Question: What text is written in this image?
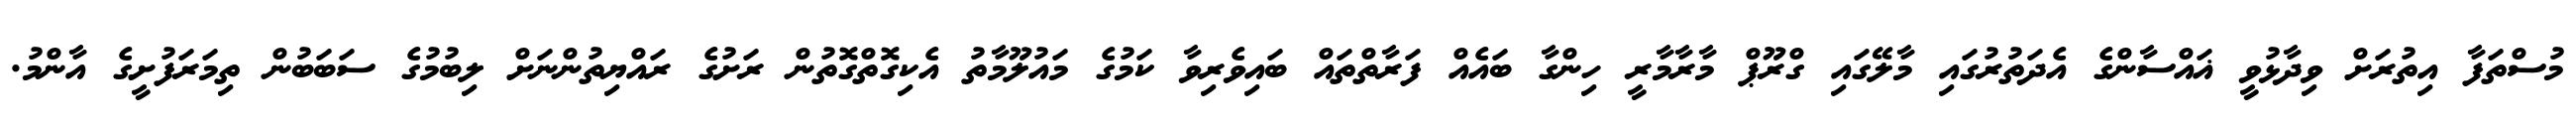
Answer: މުސްތަފާ އިތުރަށް ވިދާޅުވީ ޣައްސާންގެ އެދަތުރުގައި މާލޭގައި ގްރޫޕް މާރާމާރީ ހިންގާ ބައެއް ފަރާތްތައް ބައިވެރިވާ ކަމުގެ މައުލޫމާތު އެކިގޮތްގޮތުން ރަށުގެ ރައްޔިތުންނަށް ލިބުމުގެ ސަބަބުން ތިމަރަފުށީގެ އާންމު.